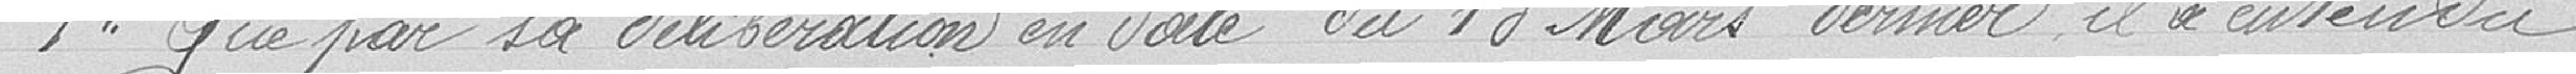
1° Que par sa délibération en Date du 18 Mars dernier il a entendu